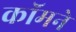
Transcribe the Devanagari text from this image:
कॉमने